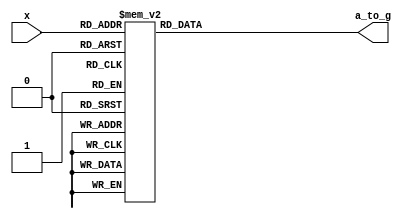
`timescale 1ns / 1ps
//////////////////////////////////////////////////////////////////////////////////
// Company: 
// Engineer: 
// 
// Design Name: 
// Module Name:    hex7seg 
// Project Name: 
// Target Devices: 
// Tool versions: 
// Description: 
//
// Dependencies: 
//
// Revision: 
// Revision 0.01 - File Created
// Additional Comments: 
//
//////////////////////////////////////////////////////////////////////////////////
module hex7seg( input [3:0] x,
output reg [6:0] a_to_g );
always @(*)
case(x)
0: a_to_g = 7'b0000001;
1: a_to_g = 7'b1001111;
2: a_to_g = 7'b0010010;
3: a_to_g = 7'b0000110;
4: a_to_g = 7'b1001100;
5: a_to_g = 7'b0100100;
6: a_to_g = 7'b0100000;
7: a_to_g = 7'b0001111;
8: a_to_g = 7'b0000000;
9: a_to_g = 7'b0000100;
'hA: a_to_g = 7'b0001000;
'hb: a_to_g = 7'b1100000;
'hC: a_to_g = 7'b0110001;
'hd: a_to_g = 7'b1000010;
'hE: a_to_g = 7'b0110000;
'hF: a_to_g = 7'b0111000;
default: a_to_g = 7'b0000001; // 0
endcase
endmodule